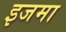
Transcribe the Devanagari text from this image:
इजमा